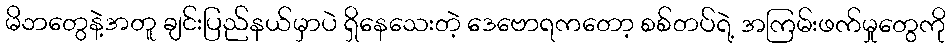
မိဘတွေနဲ့အတူ ချင်းပြည်နယ်မှာပဲ ရှိနေသေးတဲ့ ဒေဗောရကတော့ စစ်တပ်ရဲ့ အကြမ်းဖက်မှုတွေကို